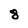
Character: 8